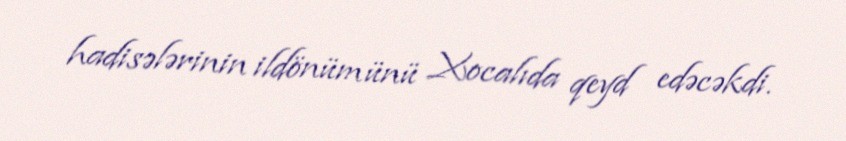
hadisələrinin ildönümünü Xocalıda qeyd edəcəkdi.